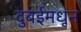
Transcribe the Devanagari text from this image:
दुबईमधून